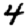
Digit: 4